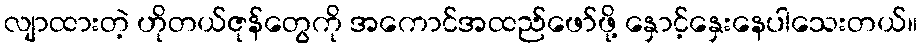
လျာထားတဲ့ ဟိုတယ်ဇုန်တွေကို အကောင်အထည်ဖော်ဖို့ နှောင့်နှေးနေပါသေးတယ်။